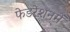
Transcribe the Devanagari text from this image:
फेडरेशनमें